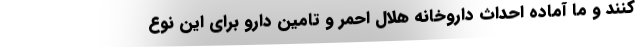
کنند و ما آماده احداث داروخانه هلال احمر و تامین دارو برای این نوع